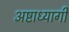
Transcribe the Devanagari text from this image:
अष्टाध्यागी